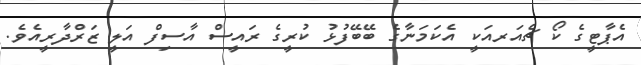
އެޕާޓީގެ ކޯ ޗެއަރއަކީ އެކަމަނާގެ ބޭބޭފުޅު ކުރީގެ ރައީސް އާސިފް އަލީ ޒަރްދާރީއެވެ.